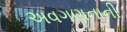
અવગણનાની